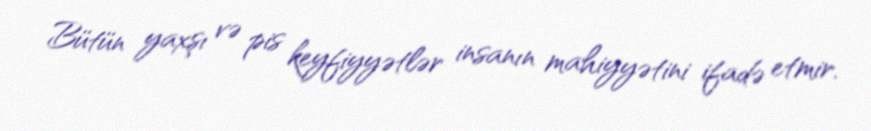
Bütün yaxşı və pis keyfiyyətlər insanın mahiyyətini ifadə etmir.